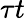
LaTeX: \tau t